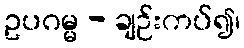
ဥပဂမ္မ - ချဉ်းကပ်၍၊